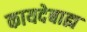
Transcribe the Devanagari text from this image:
कायदेबाह्य